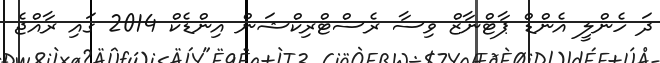
ދަ ހެންލީ އެންޑް ޕާޓްނާޒްް ވިސާ ރެސްޓްރިކްޝަން އިންޑެކް 2014 ގައި ރާއްޖެ